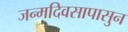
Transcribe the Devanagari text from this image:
जन्मदिवसापासुन